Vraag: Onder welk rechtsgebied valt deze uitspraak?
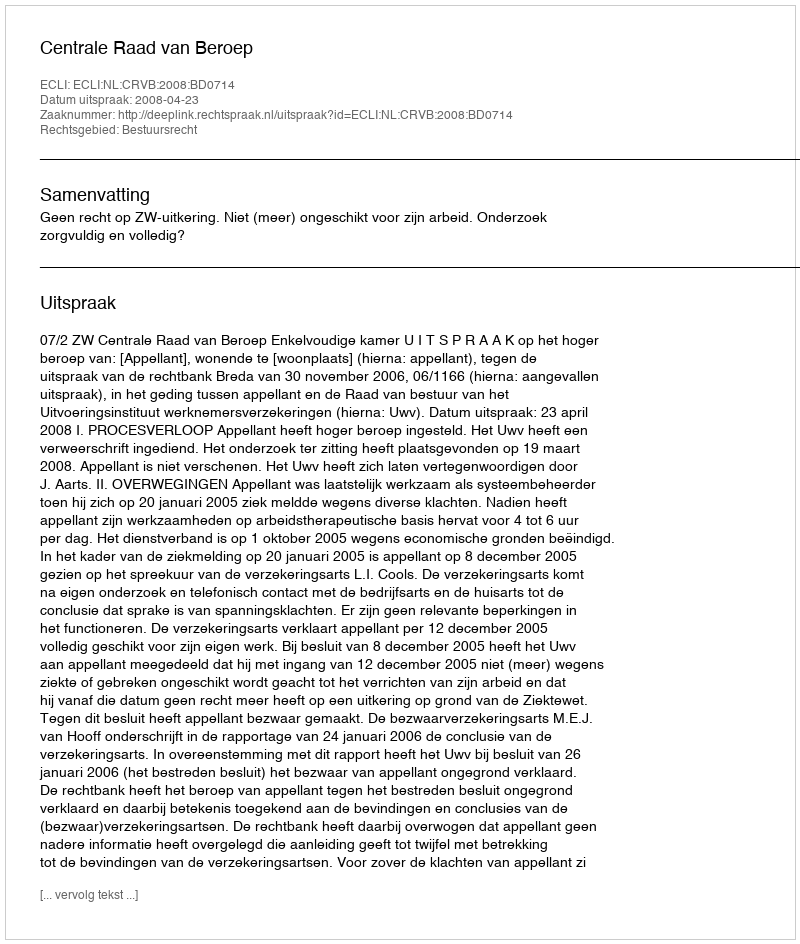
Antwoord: Bestuursrecht